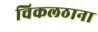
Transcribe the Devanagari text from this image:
चिकलठाना